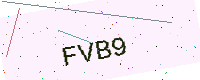
Text: FVB9